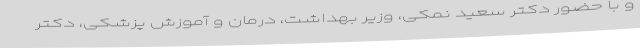
و با حضور دکتر سعید نمکی، وزیر بهداشت، درمان و آموزش پزشکی، دکتر